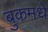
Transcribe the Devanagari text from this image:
बुकमधे